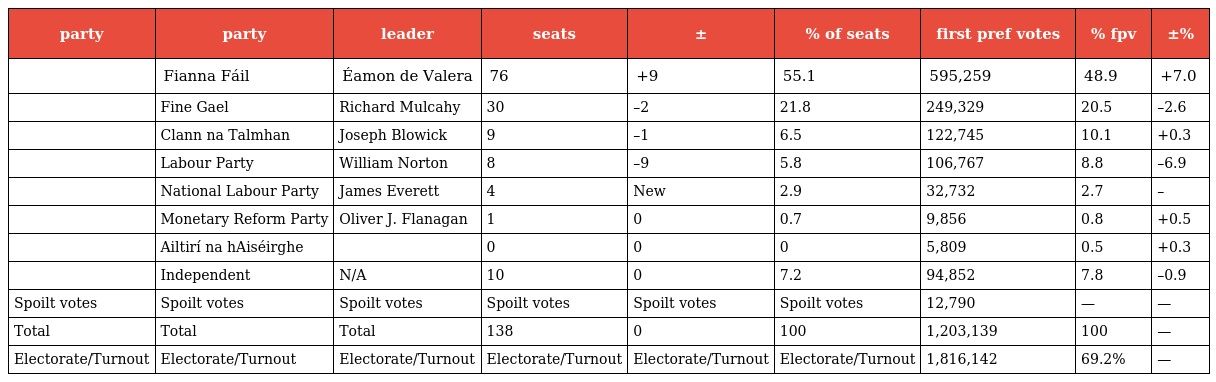
| party | party | leader | seats | ± | % of seats | first pref votes | % fpv | ±% |
 | --- | --- | --- | --- | --- | --- | --- | --- | --- |
 |  | Fianna Fáil | Éamon de Valera | 76 | +9 | 55.1 | 595,259 | 48.9 | +7.0 |
 |  | Fine Gael | Richard Mulcahy | 30 | –2 | 21.8 | 249,329 | 20.5 | –2.6 |
 |  | Clann na Talmhan | Joseph Blowick | 9 | –1 | 6.5 | 122,745 | 10.1 | +0.3 |
 |  | Labour Party | William Norton | 8 | –9 | 5.8 | 106,767 | 8.8 | –6.9 |
 |  | National Labour Party | James Everett | 4 | New | 2.9 | 32,732 | 2.7 | – |
 |  | Monetary Reform Party | Oliver J. Flanagan | 1 | 0 | 0.7 | 9,856 | 0.8 | +0.5 |
 |  | Ailtirí na hAiséirghe |  | 0 | 0 | 0 | 5,809 | 0.5 | +0.3 |
 |  | Independent | N/A | 10 | 0 | 7.2 | 94,852 | 7.8 | –0.9 |
 | Spoilt votes | Spoilt votes | Spoilt votes | Spoilt votes | Spoilt votes | Spoilt votes | 12,790 | — | — |
 | Total | Total | Total | 138 | 0 | 100 | 1,203,139 | 100 | — |
 | Electorate/Turnout | Electorate/Turnout | Electorate/Turnout | Electorate/Turnout | Electorate/Turnout | Electorate/Turnout | 1,816,142 | 69.2% | — |